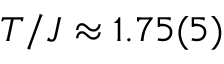
T / J \approx 1 . 7 5 ( 5 )